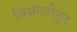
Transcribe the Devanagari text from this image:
विसंगतीतून